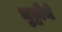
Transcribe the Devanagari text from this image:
भुट्टोने